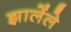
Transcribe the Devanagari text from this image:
झालेंले